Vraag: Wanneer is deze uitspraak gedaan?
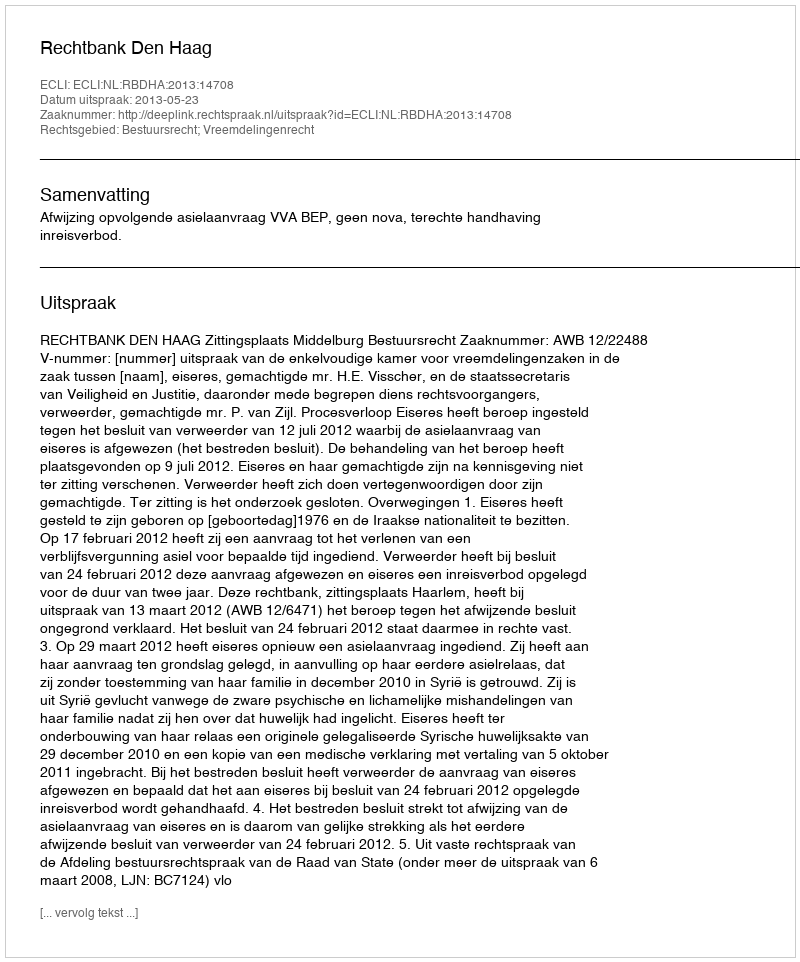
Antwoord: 2013-05-23